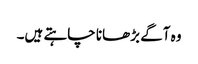
وہ آگے بڑھانا چاہتے ہیں۔